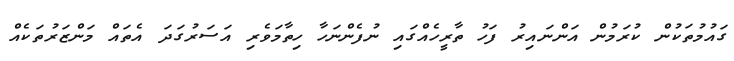
ގައުމުތަކުން ކުރަމުން އަންނައިރު ފަހު ތާރީހެއްގައި ނުފެންނަހާ ހިތާމަވެރި އަސަރުގަދަ އެތައް މަންޒަރުތަކެއް